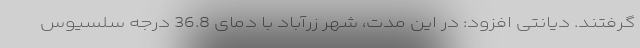
گرفتند. دیانتی افزود: در این مدت، شهر زرآباد با دمای 36.8 درجه سلسیوس